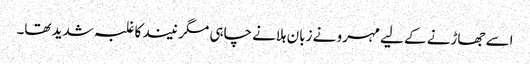
اسے جھاڑنے کے لیے مہرو نے زبان ہلانے چاہی مگر نیند کا غلبہ شدید تھا۔